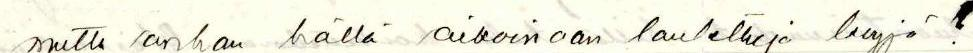
mutta onhan hällä aikoinaan laulettuja levyjä !